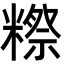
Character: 𬖴